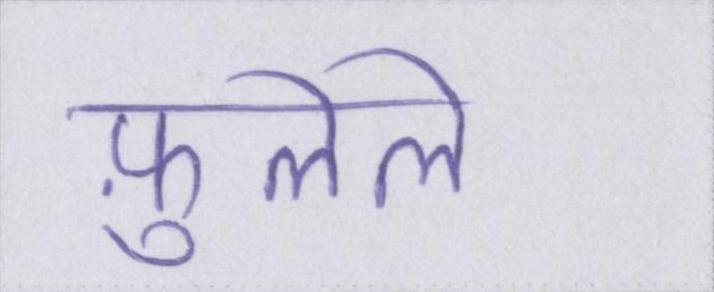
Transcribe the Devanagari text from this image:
फ़ुलेले